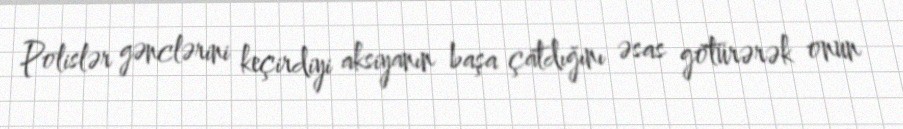
Polislər gənclərini keçirdiyi aksiyanın başa çatdığını əsas götürərək onun